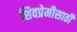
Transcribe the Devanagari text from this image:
शिवप्रेमीसाठी